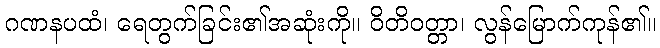
ဂဏနပထံ၊ ရေတွက်ခြင်း၏အဆုံးကို။ ဝိတိဝတ္တာ၊ လွန်မြောက်ကုန်၏။